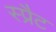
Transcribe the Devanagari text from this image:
स्प्रैट